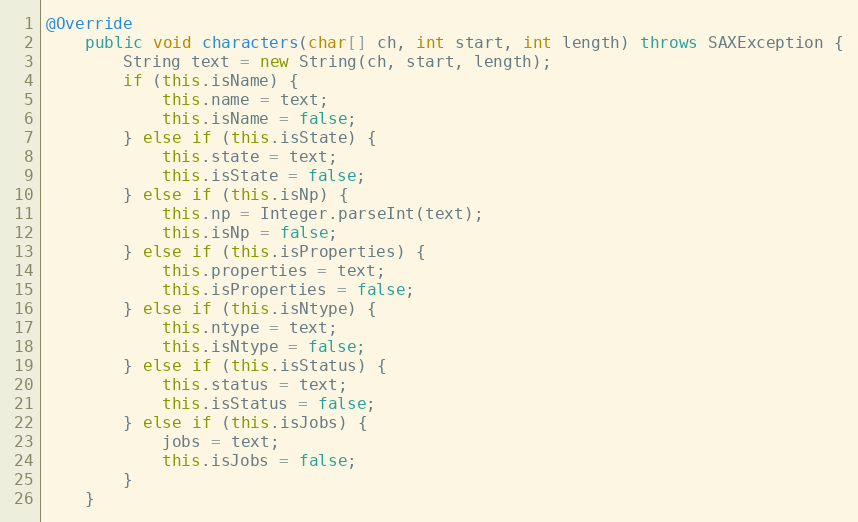
Language: Java
@Override
    public void characters(char[] ch, int start, int length) throws SAXException {
        String text = new String(ch, start, length);
        if (this.isName) {
            this.name = text;
            this.isName = false;
        } else if (this.isState) {
            this.state = text;
            this.isState = false;
        } else if (this.isNp) {
            this.np = Integer.parseInt(text);
            this.isNp = false;
        } else if (this.isProperties) {
            this.properties = text;
            this.isProperties = false;
        } else if (this.isNtype) {
            this.ntype = text;
            this.isNtype = false;
        } else if (this.isStatus) {
            this.status = text;
            this.isStatus = false;
        } else if (this.isJobs) {
            jobs = text;
            this.isJobs = false;
        }
    }